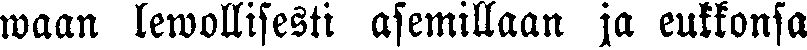
waan lewollisesti asemillaan ja eukkonsa